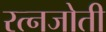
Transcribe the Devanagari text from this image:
रत्नजोती